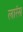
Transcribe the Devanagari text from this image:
लारंस